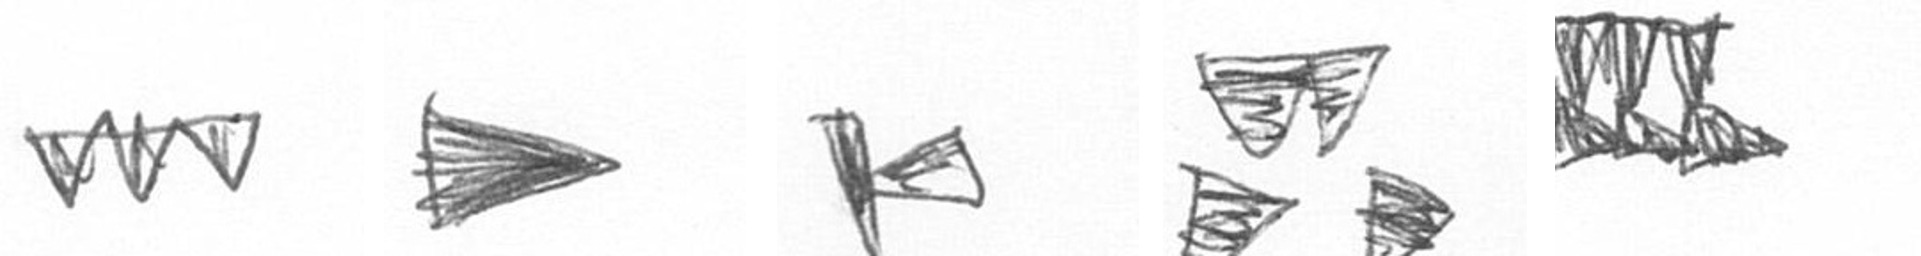
L T F B D